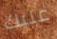
عليك